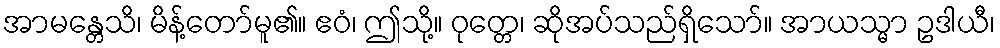
အာမန္တေသိ၊ မိန့်တော်မူ၏။ ဧဝံ၊ ဤသို့။ ဝုတ္တေ၊ ဆိုအပ်သည်ရှိသော်။ အာယသ္မာ ဥဒါယီ၊